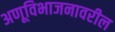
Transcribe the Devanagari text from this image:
अणूविभाजनावरील